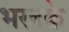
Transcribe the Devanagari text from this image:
भरनेके